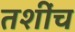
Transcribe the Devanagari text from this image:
तशींच